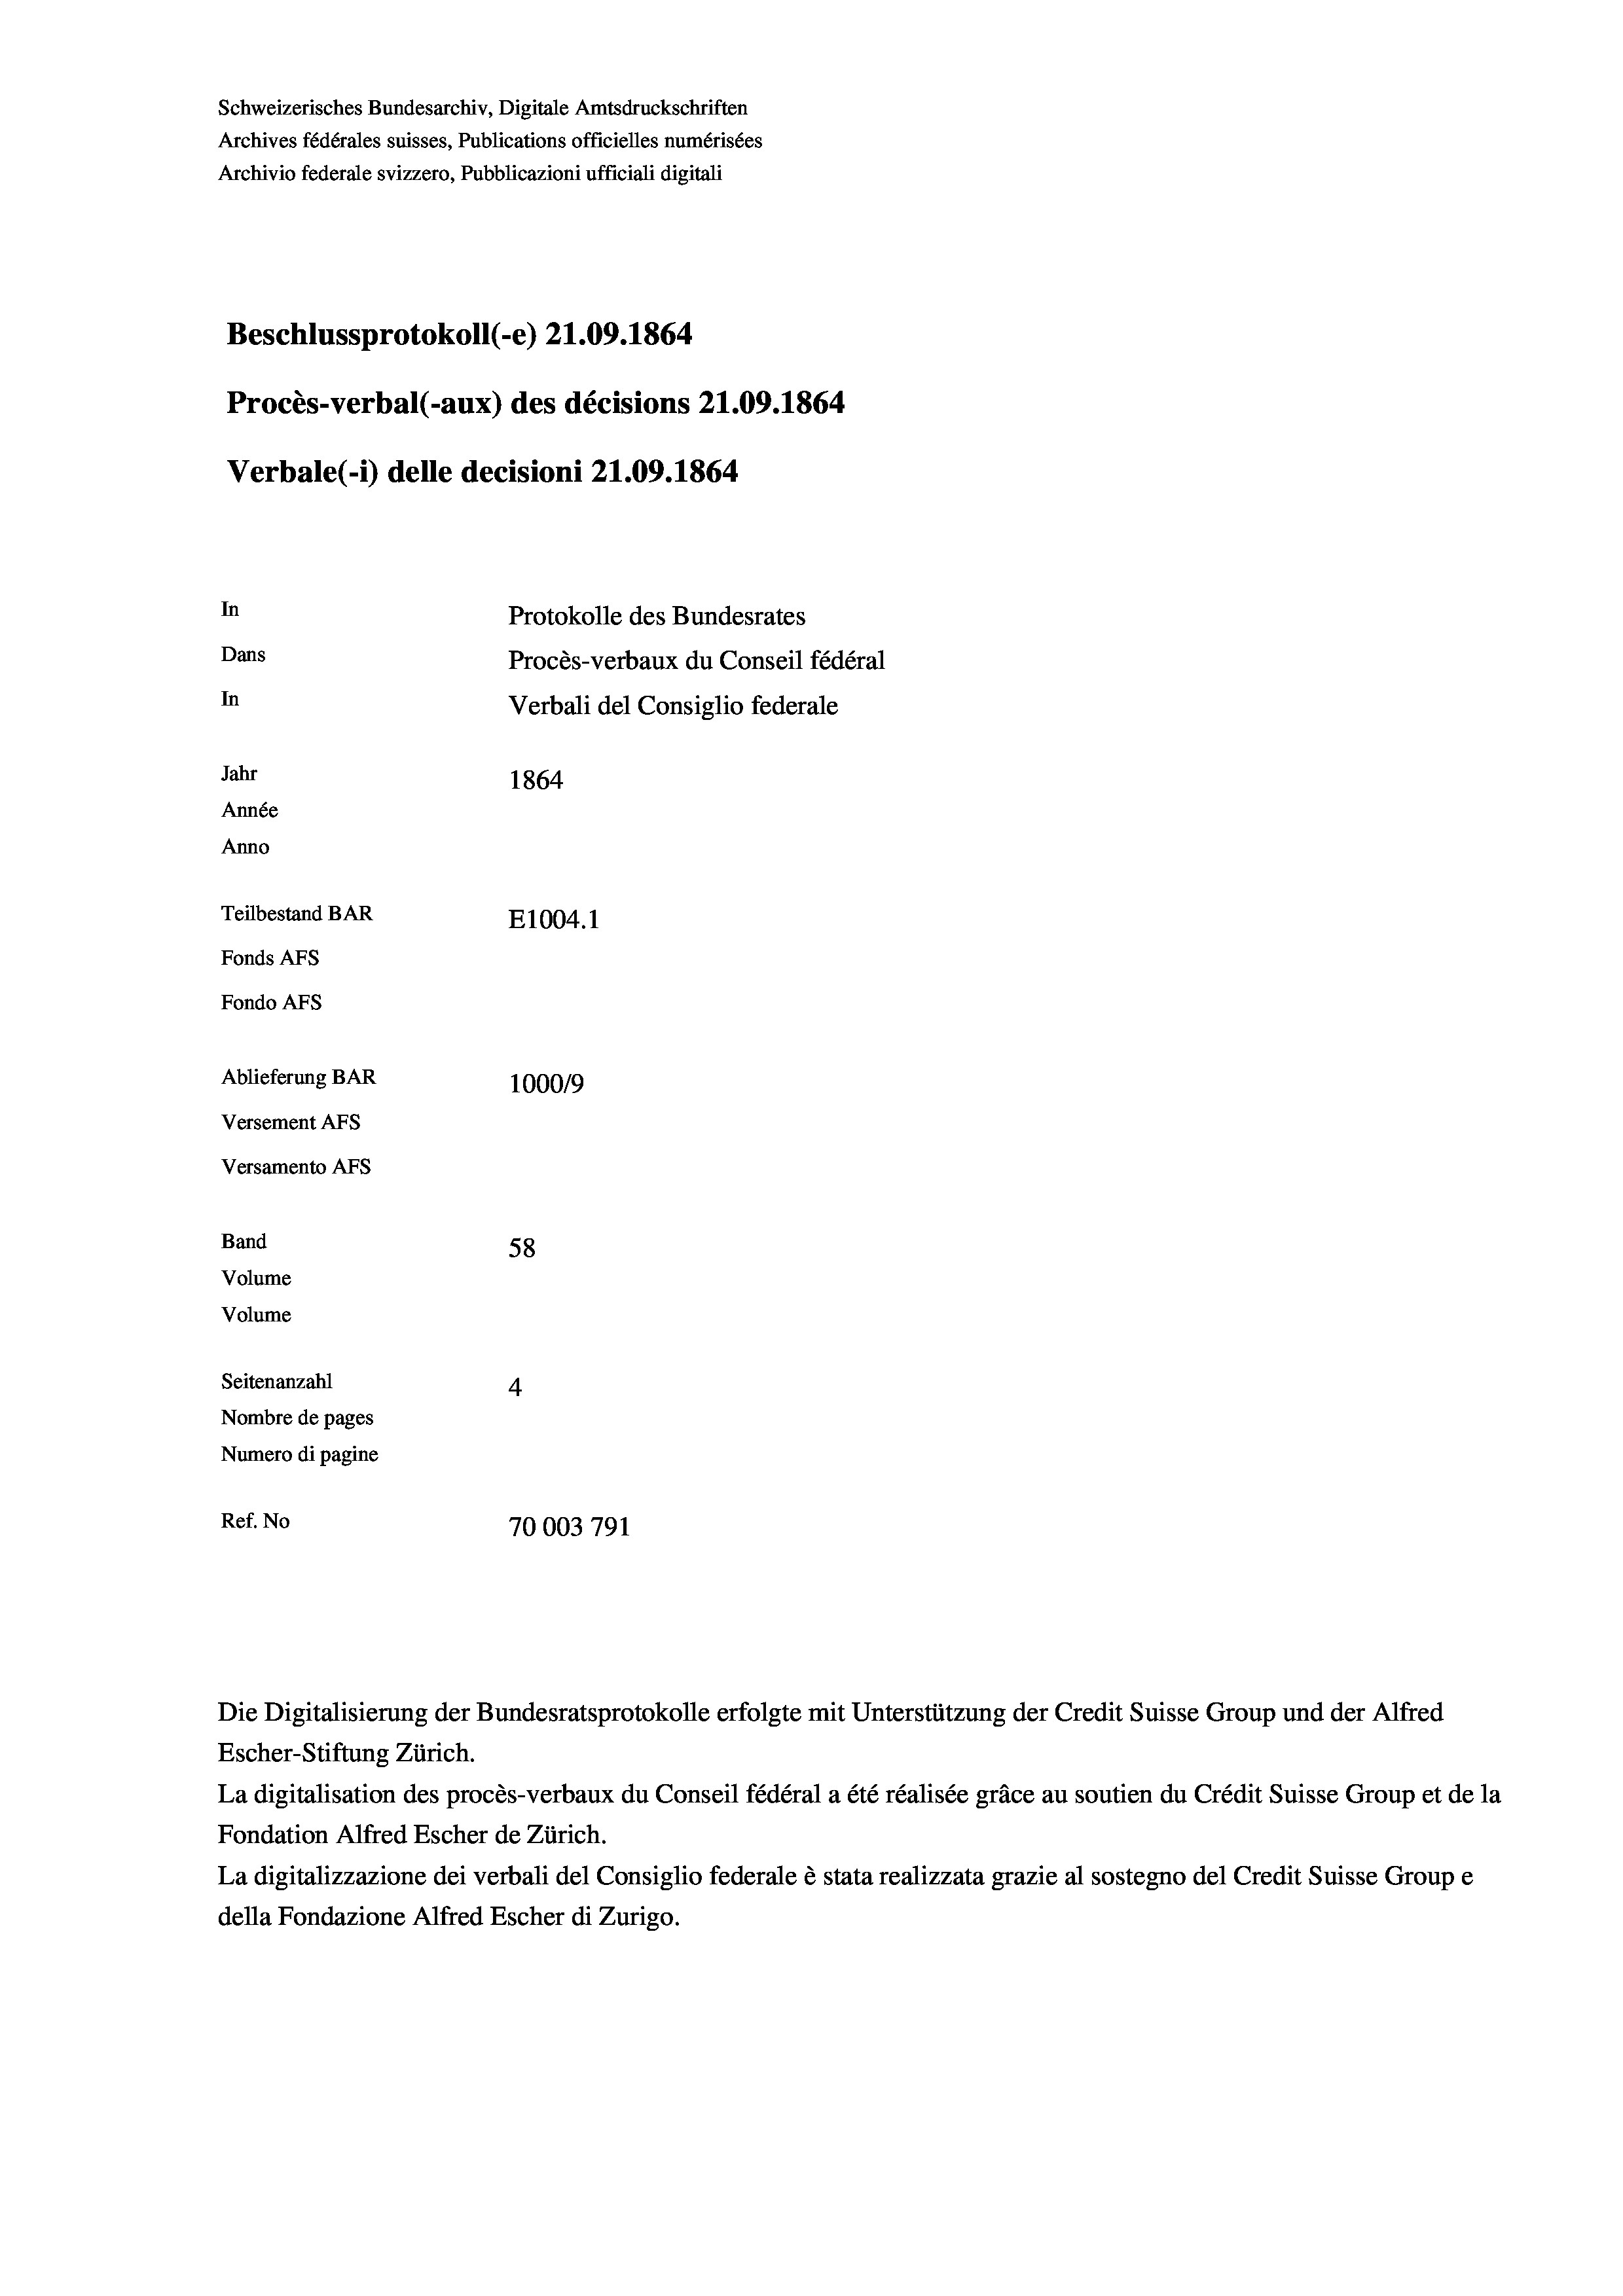
Schweizerisches Bundesarchiv, Digitale Amtsdruckschriften
Archives fédérales suisses, Publications officielles numérisées
Archivio federale svizzero, Pubblicazioni ufficiali digitali
Beschlussprotokoll (-e) 21.09. 1864
Procès-verbal (-aux) des décisions 21.09. 1864
Verbale (1) delle decisioni 21.09. 1864
In
Protokolle des Bundesrates
Dans
Procès-verbaux du Conseil fédéral
In
Verbali del Consiglio federale
Jahr
1864
Année
Anno
Teilbestand BAR
E1004. 1
Fonds AFs
Fondo AFs

Ablieferung BAR
Versement AFs
Versamento Afs
Band
Volume
Volume
Seitenanzahl

100019
58
4
Nombre de pages
Numero di pagine
Ref. No
70003791

Escher-Stiftung Zürich.
La digitalisation des procès-verbaux du Conseil fédéral a été réalisée gräce au soutien du Crédit Suisse Group et de la
Fondation Alfred Escher de Zürich.
La digitalizzazione dei verbali del Consiglio federale è stata realizzata grazie al sostegno del Credit Suisse Groupe
della Fondazione Alfred Escher di Zurigo.

Die Digitalisierung der Bundesratsprotokolle erfolgte mit Unterstützung der Credit Suisse Group und der Alfred